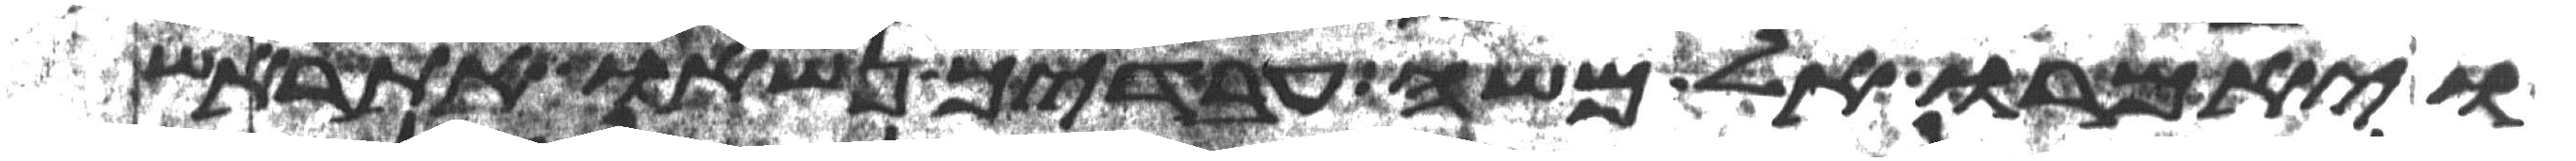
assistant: ויאמרו אל משה עבדיך נשאו את ראש